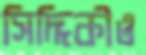
সিদ্দিকীও